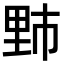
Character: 𫒁